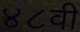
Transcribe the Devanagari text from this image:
४८वी